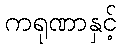
ကရုဏာနှင့်